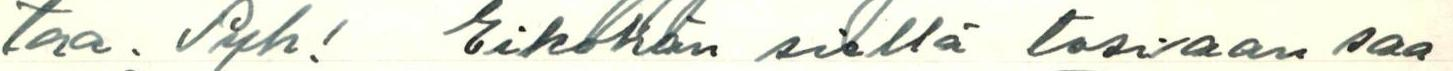
taa. Pyh! Eiköhän siellä tosiaan saa